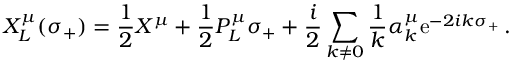
X _ { L } ^ { \mu } ( \sigma _ { + } ) = \frac { 1 } { 2 } X ^ { \mu } + \frac { 1 } { 2 } P _ { L } ^ { \mu } \sigma _ { + } + \frac { i } { 2 } \sum _ { k \neq 0 } \frac { 1 } { k } \alpha _ { k } ^ { \mu } \mathrm { e } ^ { - 2 i k \sigma _ { + } } \, .